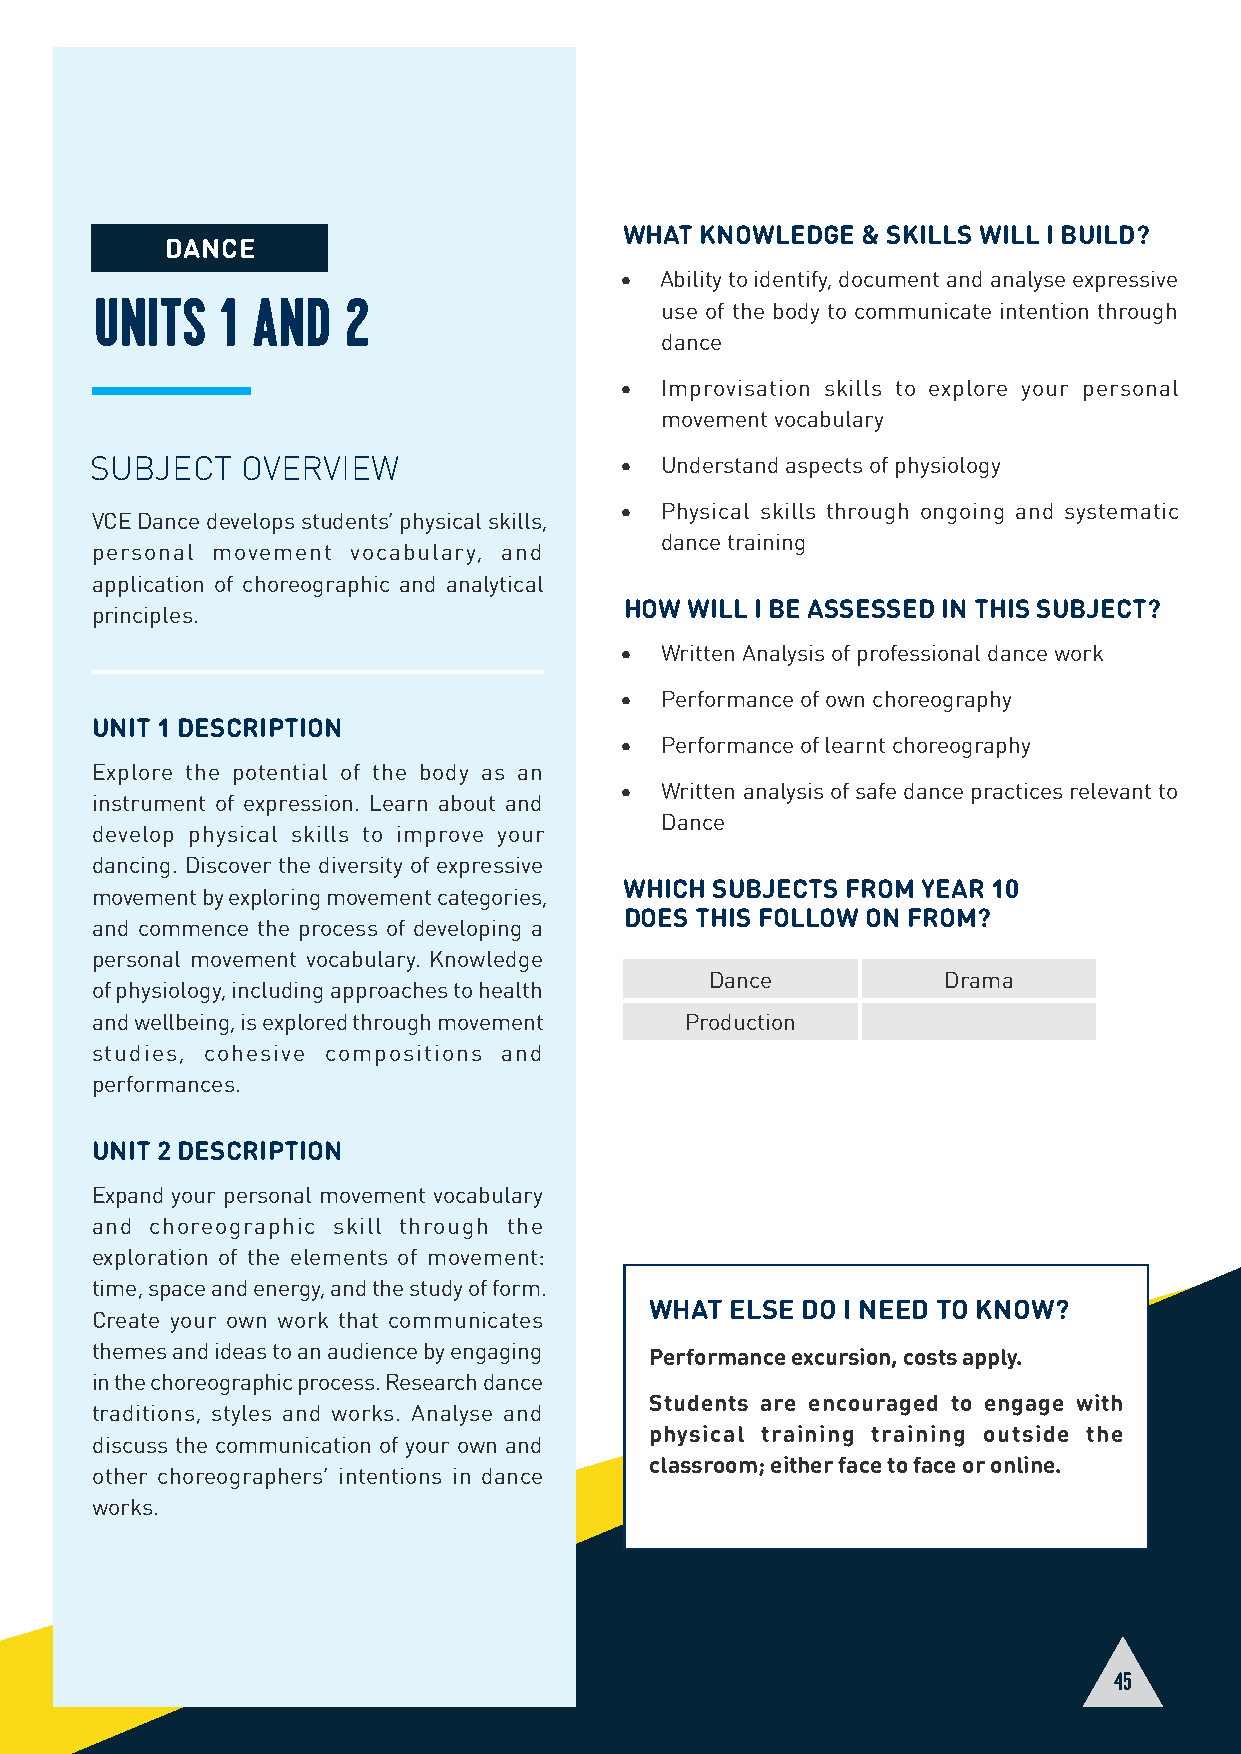
WHAT KNOWLEDGE  & SKILLS WILL I BUILD?
 DANCE
 •  Ability to identify, document and analyse expressive
 UNITS    1 AND   2                    use of the body to communicate intention through
 dance
 •  Improvisation skills to explore your personal
 movement vocabulary
 SUBJECT   OVERVIEW                 •  Understand aspects of physiology
 •  Physical skills through ongoing and systematic
 VCE Dance develops students’ physical skills,
 dance training
 personal movement vocabulary, and
 application of choreographic and analytical
 HOW WILL I BE ASSESSED IN THIS SUBJECT?
 principles.
 •  Written Analysis of professional dance work
 •  Performance of own choreography
 UNIT 1 DESCRIPTION
 •  Performance of learnt choreography
 Explore the potential of the body as an
 •  Written analysis of safe dance practices relevant to
 instrument of expression. Learn about and
 Dance
 develop physical skills to improve your
 dancing. Discover the diversity of expressive
 WHICH SUBJECTS FROM YEAR 10
 movement by exploring movement categories,
 DOES THIS FOLLOW ON FROM?
 and commence the process of developing a
 personal movement vocabulary. Knowledge
 Dance          Drama
 of physiology, including approaches to health
 and wellbeing, is explored through movement Production
 studies, cohesive compositions and
 performances.
 UNIT 2 DESCRIPTION
 Expand your personal movement vocabulary
 and choreographic skill through the
 exploration of the elements of movement:
 time, space and energy, and the study of form.
 WHAT ELSE DO I NEED TO KNOW?
 Create your own work that communicates
 themes and ideas to an audience by engaging
 Performance excursion, costs apply.
 in the choreographic process. Research dance
 Students are encouraged to engage with
 traditions, styles and works. Analyse and
 physical training training outside the
 discuss the communication of your own and
 classroom; either face to face or online.
 other choreographers’ intentions in dance
 works.
 45